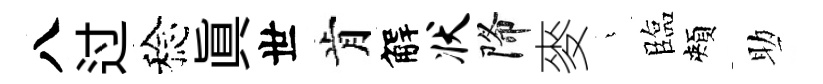
八过稔眞世肯解状降麥燁臨頰助